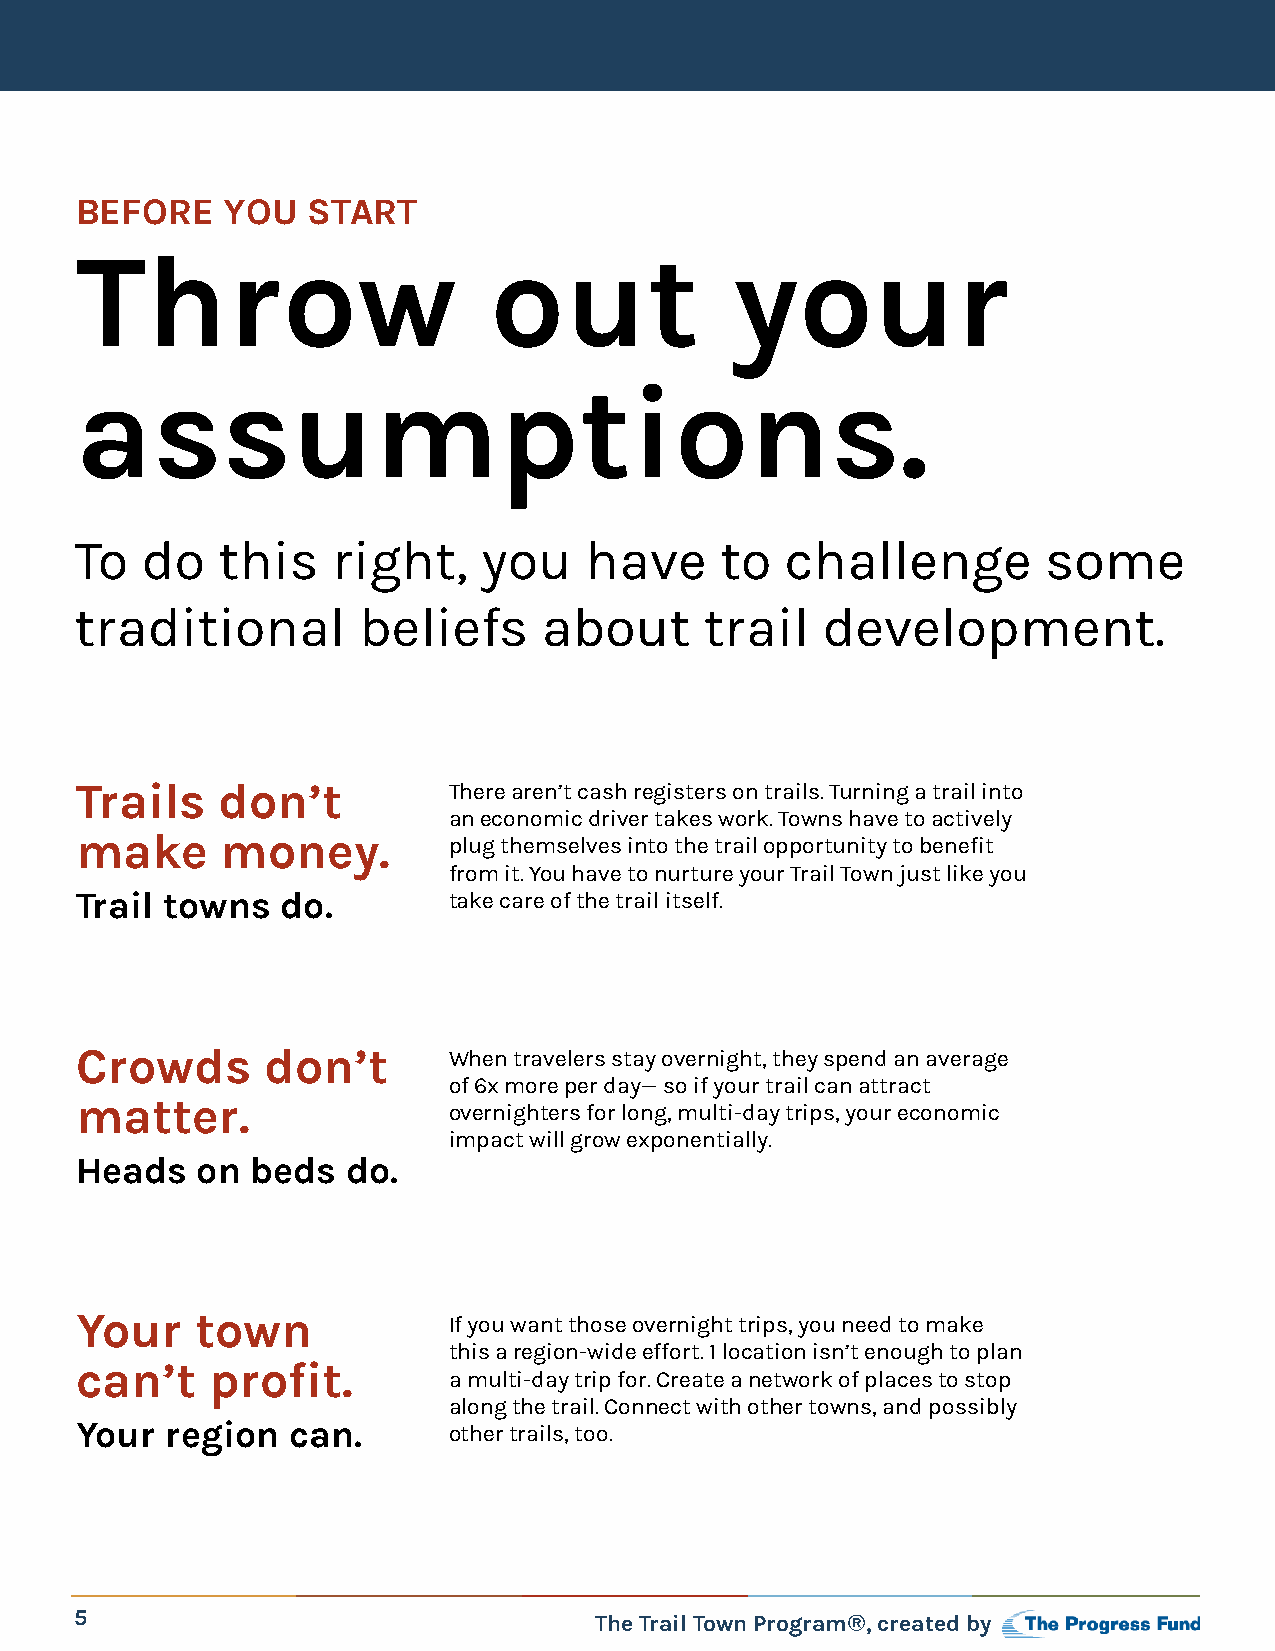
BEFORE    YOU  START
 Throw                      out              your
 assumptions.
 To  do   this    right,    you    have     to  challenge        some
 traditional        beliefs     about      trail  development.
 Trails   don’t           There aren’t cash registers on trails. Turning a trail into
 an economic driver takes work. Towns have to actively
 make      money.         plug themselves into the trail opportunity to benefit
 from it. You have to nurture your Trail Town just like you
 Trail towns   do.        take care of the trail itself.
 Crowds      don’t        When travelers stay overnight, they spend an average
 of 6x more per day— so if your trail can attract
 matter.
 overnighters for long, multi-day trips, your economic
 impact will grow exponentially.
 Heads   on  beds  do.
 Your    town             If you want those overnight trips, you need to make
 this a region-wide effort. 1 location isn’t enough to plan
 can’t    profit.
 a multi-day trip for. Create a network of places to stop
 along the trail. Connect with other towns, and possibly
 Your  region  can.       other trails, too.
 5                                 The Trail Town Program®, created by